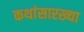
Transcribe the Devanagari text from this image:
कथांसारख्या